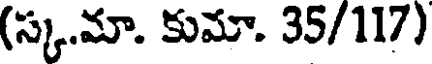
(స్క.మా. కుమా. 35/117)